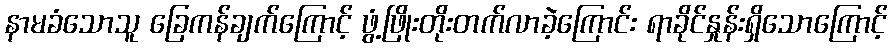
နာမခံသောသူ ခြေကန်ချက်ကြောင့် ဖွံ့ဖြိုးတိုးတက်လာခဲ့ကြောင်း ရာခိုင်နှုန်းရှိသောကြောင့်